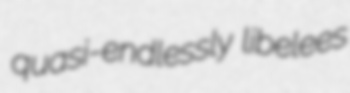
quasi-endlessly libelees